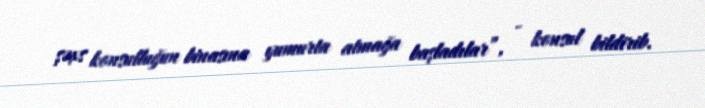
şəxs konsulluğun binasına yumurta atmağa başladılar”, - konsul bildirib.